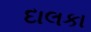
દાલકા